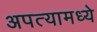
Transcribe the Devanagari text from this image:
अपत्यामध्ये